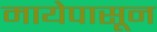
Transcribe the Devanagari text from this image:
मायेपासून